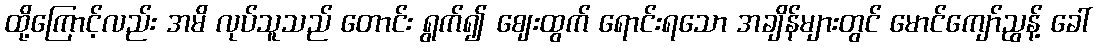
ထို့ကြောင့်လည်း အမိ လုပ်သူသည် တောင်း ရွက်၍ ဈေးထွက် ရောင်းရသော အချိန်များတွင် မောင်ကျော်ညွန့် ခေါ်